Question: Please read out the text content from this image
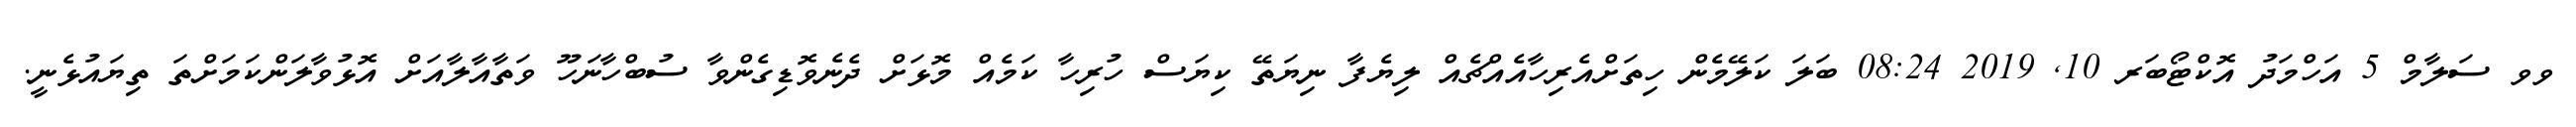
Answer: ވވ ސަލާމް 5 އަހްމަދު އޮކްޓޯބަރ 10, 2019 08:24 ބަލަ ކަލޭމެން ހިތަށްއެރިހާއެއްޗެއް ލިޔެފާ ނިޔަތޭ ކިޔަސް ހުރިހާ ކަމެއް މޮޅަށް ދެނެވޮޑިގެންވާ ސުބްހާނަހޫ ވަތާއާލާއަށް އޮޅުވާލަންކަމަށްތަ ތިޔައުޅެނީ.